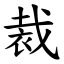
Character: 裁